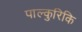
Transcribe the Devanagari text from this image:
पाल्कुरिकि